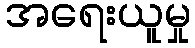
အရေးယူမှု